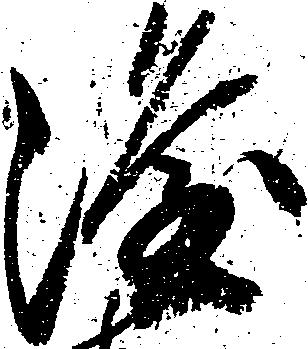
隆